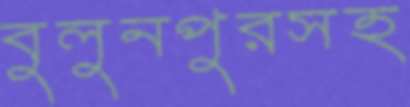
বুলুনপুরসহ